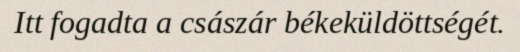
Itt fogadta a császár békeküldöttségét.